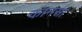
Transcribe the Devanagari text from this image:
कानसा